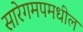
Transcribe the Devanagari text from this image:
सारेगमपमधील